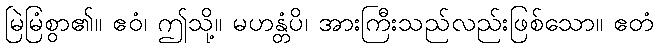
မြဲမြံစွာ၏။ ဧဝံ၊ ဤသို့။ မဟန္တံပိ၊ အားကြီးသည်လည်းဖြစ်သော။ ဧတံ